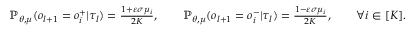
\begin{array} { r } { \mathbb { P } _ { \theta , \mu } ( o _ { l + 1 } = o _ { i } ^ { + } | \tau _ { l } ) = \frac { 1 + \varepsilon \sigma \mu _ { i } } { 2 K } , \qquad \mathbb { P } _ { \theta , \mu } ( o _ { l + 1 } = o _ { i } ^ { - } | \tau _ { l } ) = \frac { 1 - \varepsilon \sigma \mu _ { i } } { 2 K } , \qquad \forall i \in [ K ] . } \end{array}